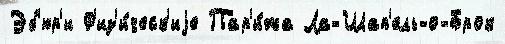
Эб'юр'и Ф'из'и́ческ'иjе Пар'и́жа Ла-Шап'ель-о-Брок